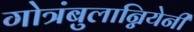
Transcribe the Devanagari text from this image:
गोत्रंबुलान्नियेनी